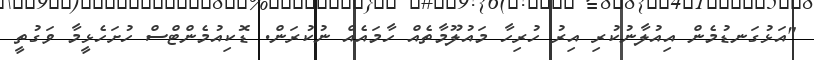
"އަޅުގަނޑުމެން އިއުލާނުކުރި އިރު ހުރިހާ މައުލޫމާތެއް ހާމައެއް ނުކުރަން. ޑޮކިއުމެންޓްސް ހުށަހެޅީމާ ވަގުތީ